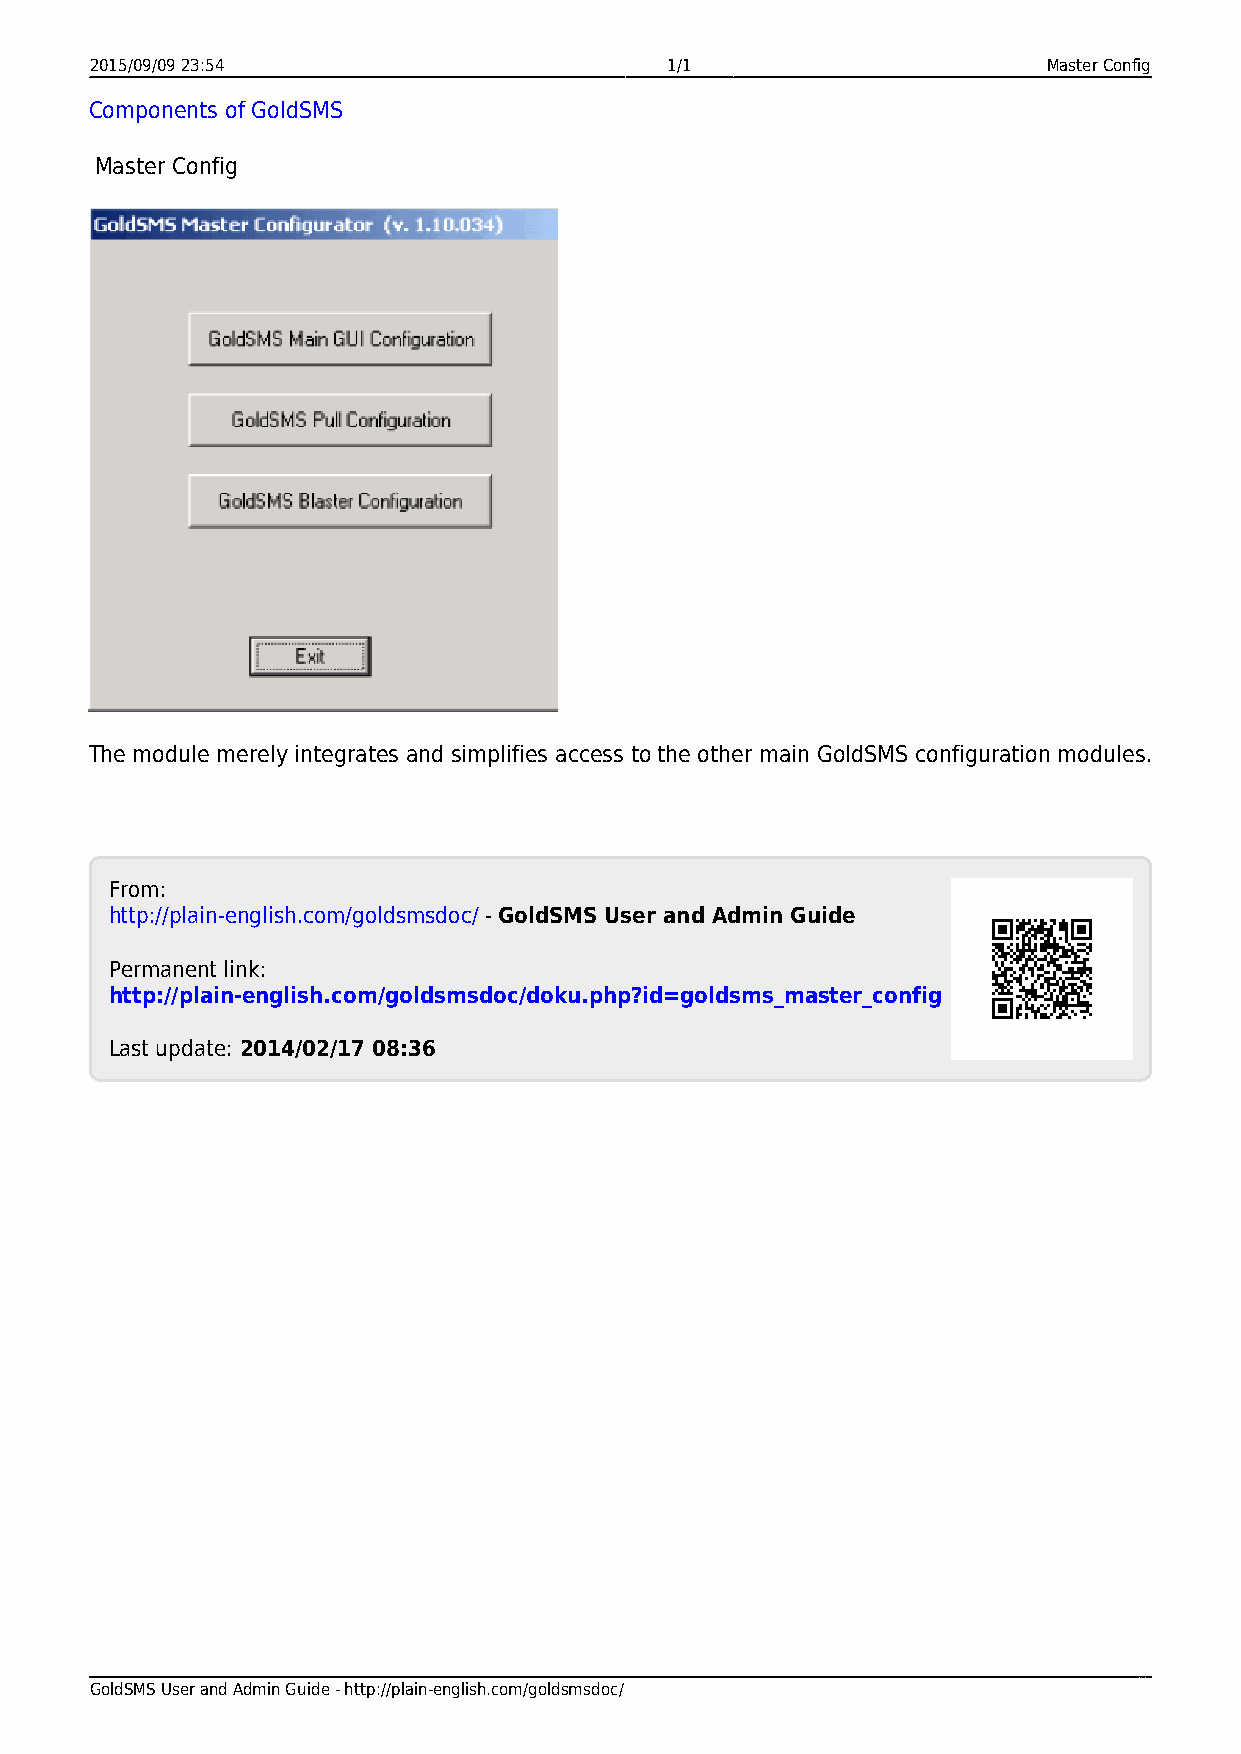
2015/09/09 23:54                      1/1                      Master Config
 Components of GoldSMS
 Master Config
 The module merely integrates and simplifies access to the other main GoldSMS configuration modules.
 From:
 http://plain-english.com/goldsmsdoc/ - GoldSMS User and Admin Guide
 Permanent link:
 http://plain-english.com/goldsmsdoc/doku.php?id=goldsms_master_config
 Last update: 2014/02/17 08:36
 GoldSMS User and Admin Guide - http://plain-english.com/goldsmsdoc/